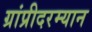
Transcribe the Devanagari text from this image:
ग्रांप्रीदरम्यान